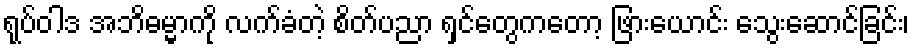
ရုပ်ဝါဒ အဘိဓမ္မာကို လက်ခံတဲ့ စိတ်ပညာ ရှင်တွေကတော့ ဖြားယောင်း သွေးဆောင်ခြင်း၊